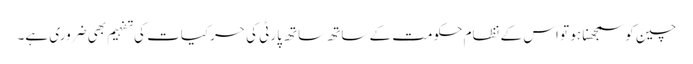
چین کو سمجھنا ہو تو اس کے نظام حکومت کے ساتھ ساتھ پارٹی کی حرکیات کی تفہیم بھی ضروری ہے۔